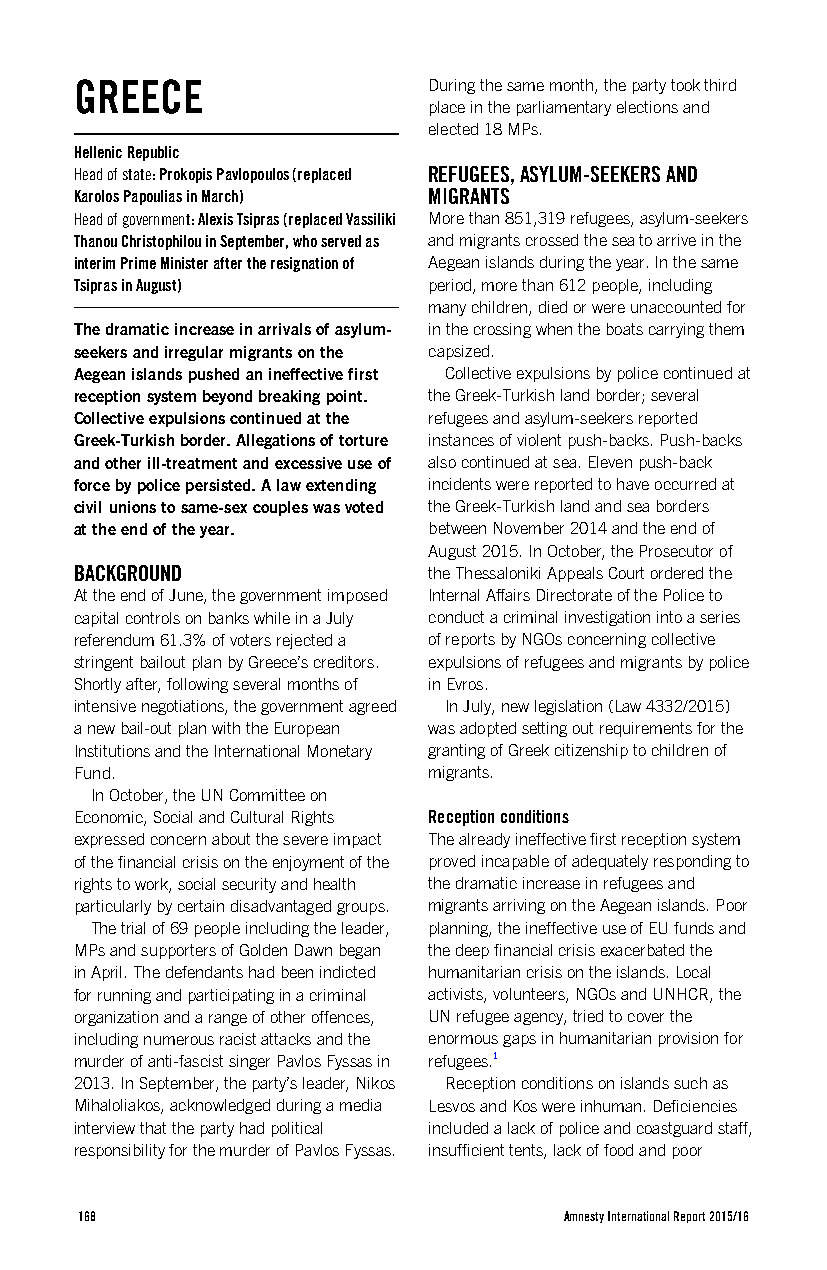
GREECE                 During the same month, the party took third
 place in the parliamentary elections and
 elected 18 MPs.
 Hellenic Republic
 Head of state: Prokopis Pavlopoulos (replaced REFUGEES, ASYLUM-SEEKERS AND
 Karolos Papoulias in March) MIGRANTS
 Head of government: Alexis Tsipras (replaced Vassiliki More than 851,319 refugees, asylum-seekers
 Thanou Christophilou in September, who served as and migrants crossed the sea to arrive in the
 interim Prime Minister after the resignation of Aegean islands during the year. In the same
 Tsipras in August)     period, more than 612 people, including
 many children, died or were unaccounted for
 The dramatic increase in arrivals of asylum- in the crossing when the boats carrying them
 seekers and irregular migrants on the capsized.
 Aegean islands pushed an ineffective first Collective expulsions by police continued at
 reception system beyond breaking point. the Greek-Turkish land border; several
 Collective expulsions continued at the refugees and asylum-seekers reported
 Greek-Turkish border. Allegations of torture instances of violent push-backs. Push-backs
 and other ill-treatment and excessive use of also continued at sea. Eleven push-back
 force by police persisted. A law extending incidents were reported to have occurred at
 civil unions to same-sex couples was voted the Greek-Turkish land and sea borders
 at the end of the year. between November 2014 and the end of
 August 2015. In October, the Prosecutor of
 BACKGROUND             the Thessaloniki Appeals Court ordered the
 At the end of June, the government imposed Internal Affairs Directorate of the Police to
 capital controls on banks while in a July conduct a criminal investigation into a series
 referendum 61.3% of voters rejected a of reports by NGOs concerning collective
 stringent bailout plan by Greece’s creditors. expulsions of refugees and migrants by police
 Shortly after, following several months of in Evros.
 intensive negotiations, the government agreed In July, new legislation (Law 4332/2015)
 a new bail-out plan with the European was adopted setting out requirements for the
 Institutions and the International Monetary granting of Greek citizenship to children of
 Fund.                  migrants.
 In October, the UN Committee on
 Economic, Social and Cultural Rights Reception conditions
 expressed concern about the severe impact The already ineffective first reception system
 of the financial crisis on the enjoyment of the proved incapable of adequately responding to
 rights to work, social security and health the dramatic increase in refugees and
 particularly by certain disadvantaged groups. migrants arriving on the Aegean islands. Poor
 The trial of 69 people including the leader, planning, the ineffective use of EU funds and
 MPs and supporters of Golden Dawn began the deep financial crisis exacerbated the
 in April. The defendants had been indicted humanitarian crisis on the islands. Local
 for running and participating in a criminal activists, volunteers, NGOs and UNHCR, the
 organization and a range of other offences, UN refugee agency, tried to cover the
 including numerous racist attacks and the enormous gaps in humanitarian provision for
 murder of anti-fascist singer Pavlos Fyssas in refugees.1
 2013. In September, the party’s leader, Nikos Reception conditions on islands such as
 Mihaloliakos, acknowledged during a media Lesvos and Kos were inhuman. Deficiencies
 interview that the party had political included a lack of police and coastguard staff,
 responsibility for the murder of Pavlos Fyssas. insufficient tents, lack of food and poor
 168                             Amnesty International Report 2015/16